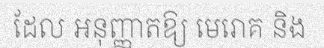
ដែល អនុញ្ញាតឱ្យ មេរោគ និង